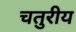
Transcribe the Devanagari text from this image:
चतुरीय